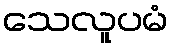
သေလူပမံ